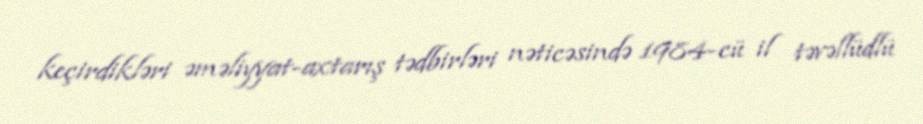
keçirdikləri əməliyyat-axtarış tədbirləri nəticəsində 1984-cü il təvəllüdlü